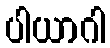
ပါယာဂါ